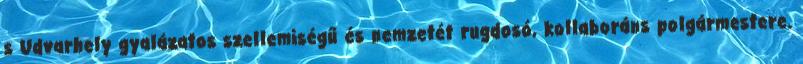
s Udvarhely gyalázatos szellemiségű és nemzetét rugdosó, kollaboráns polgármestere.